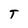
Character: T